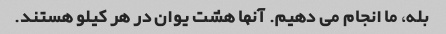
بله، ما انجام می دهیم. آنها هشت یوان در هر کیلو هستند.